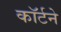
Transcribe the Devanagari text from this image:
कॉर्टने